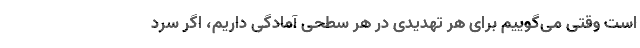
است وقتی می‌گوییم برای هر تهدیدی در هر سطحی آمادگی داریم، اگر سرد